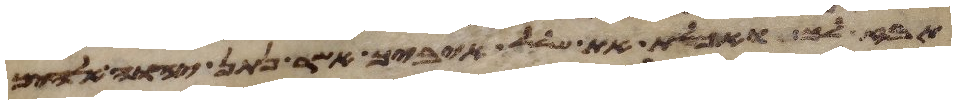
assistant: תבז לך ואכלת את שלל איביך אשר נתן יהוה אלהיך